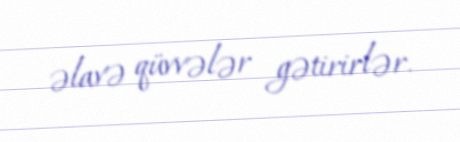
əlavə qüvvələr gətirirlər.